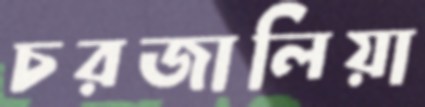
চরজালিয়া